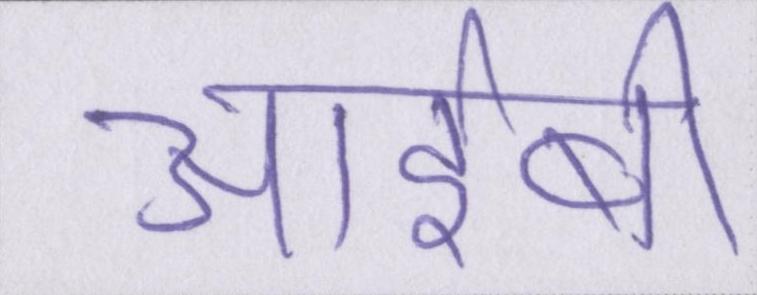
आईबी